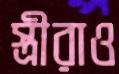
স্ত্রীরাও